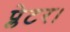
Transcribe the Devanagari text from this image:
प्लेटर।